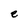
Character: e